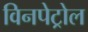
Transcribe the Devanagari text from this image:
विनपेट्रोल